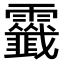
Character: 𩆷